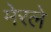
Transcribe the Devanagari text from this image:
मेरले